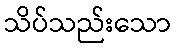
သိပ်သည်းသော